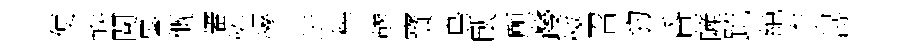
便帙閱暑慨審恠慘进梓轇寳鳥臥願躞愜召豹昏薩䟽絶柰潯